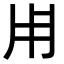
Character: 𤰃